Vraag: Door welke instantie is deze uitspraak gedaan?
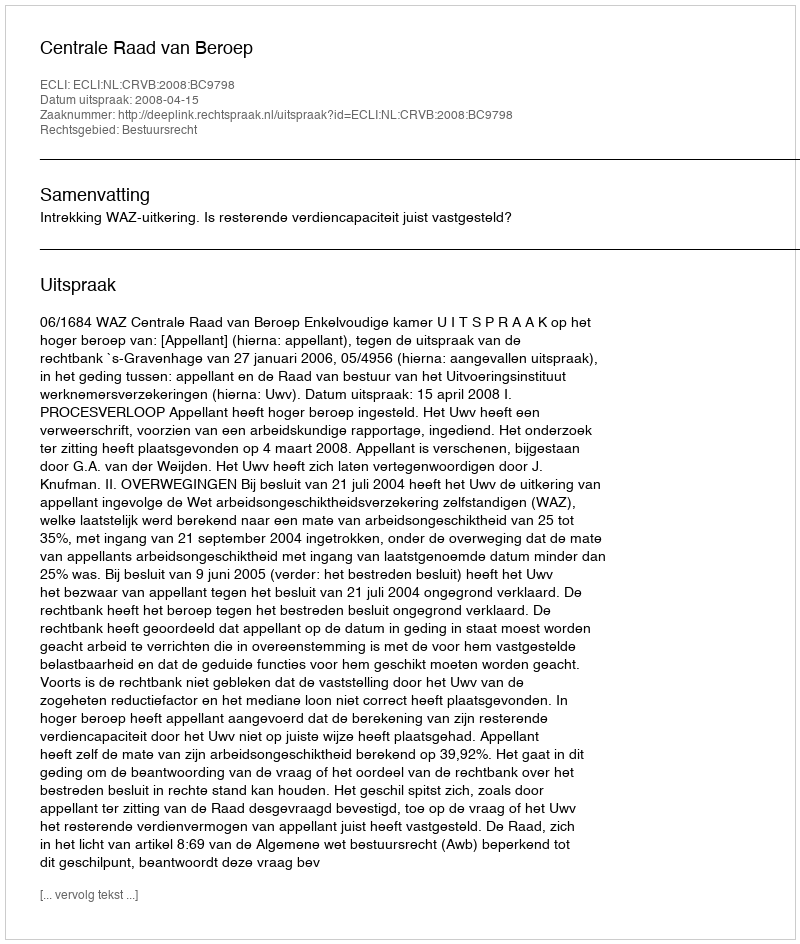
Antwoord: Centrale Raad van Beroep